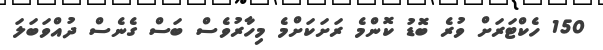
150 ހެކްޓަރަށް ވުރެ ބޮޑު ކޮންމެ ރަަށަކަށްމެ މިހާރުވެސް ބަސް ގެނެސް ދުއްވަބަލަ